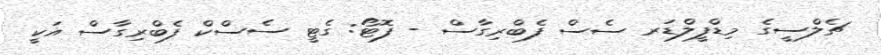
ޗެލްސީގެ މިޑްފީލްޑަރ ސެސް ފެބްރިގާސް - ފޮޓޯ: ގެޓީ ސެސްކް ފެބްރިގާސް އަކީ